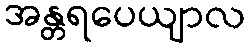
အန္တရပေယျာလ